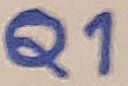
Text: Q1